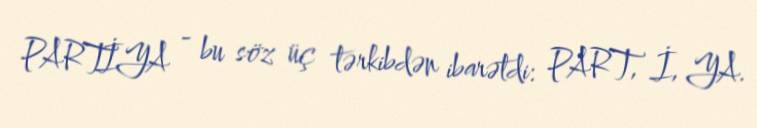
PARTİYA - bu söz üç tərkibdən ibarətdi: PART, İ, YA.